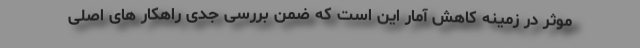
موثر در زمینه کاهش آمار این است که ضمن بررسی جدی راهکار های اصلی